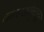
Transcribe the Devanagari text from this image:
तारखेबद्दल